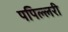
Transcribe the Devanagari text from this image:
पपिल्लरी